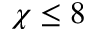
\chi \leq 8